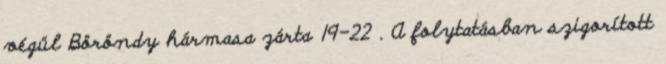
végül Böröndy hármasa zárta 19-22 . A folytatásban szigorított